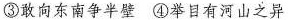
③敢向东南争半壁④举目有河山之异